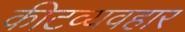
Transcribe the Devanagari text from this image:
कीटव्यवहार